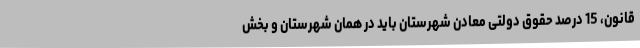
قانون، 15 درصد حقوق دولتی معادن شهرستان باید در همان شهرستان و بخش